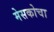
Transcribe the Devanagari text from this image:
मेसकोचा